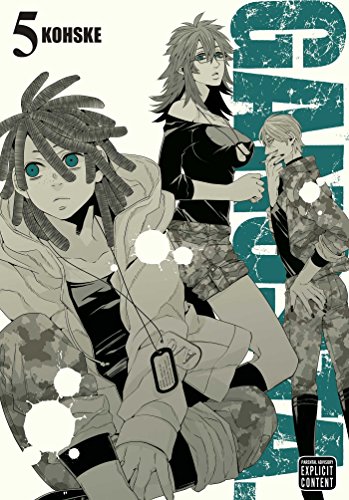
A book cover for Gangsta., Vol. 5; Kohske .; Comics & Graphic Novels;